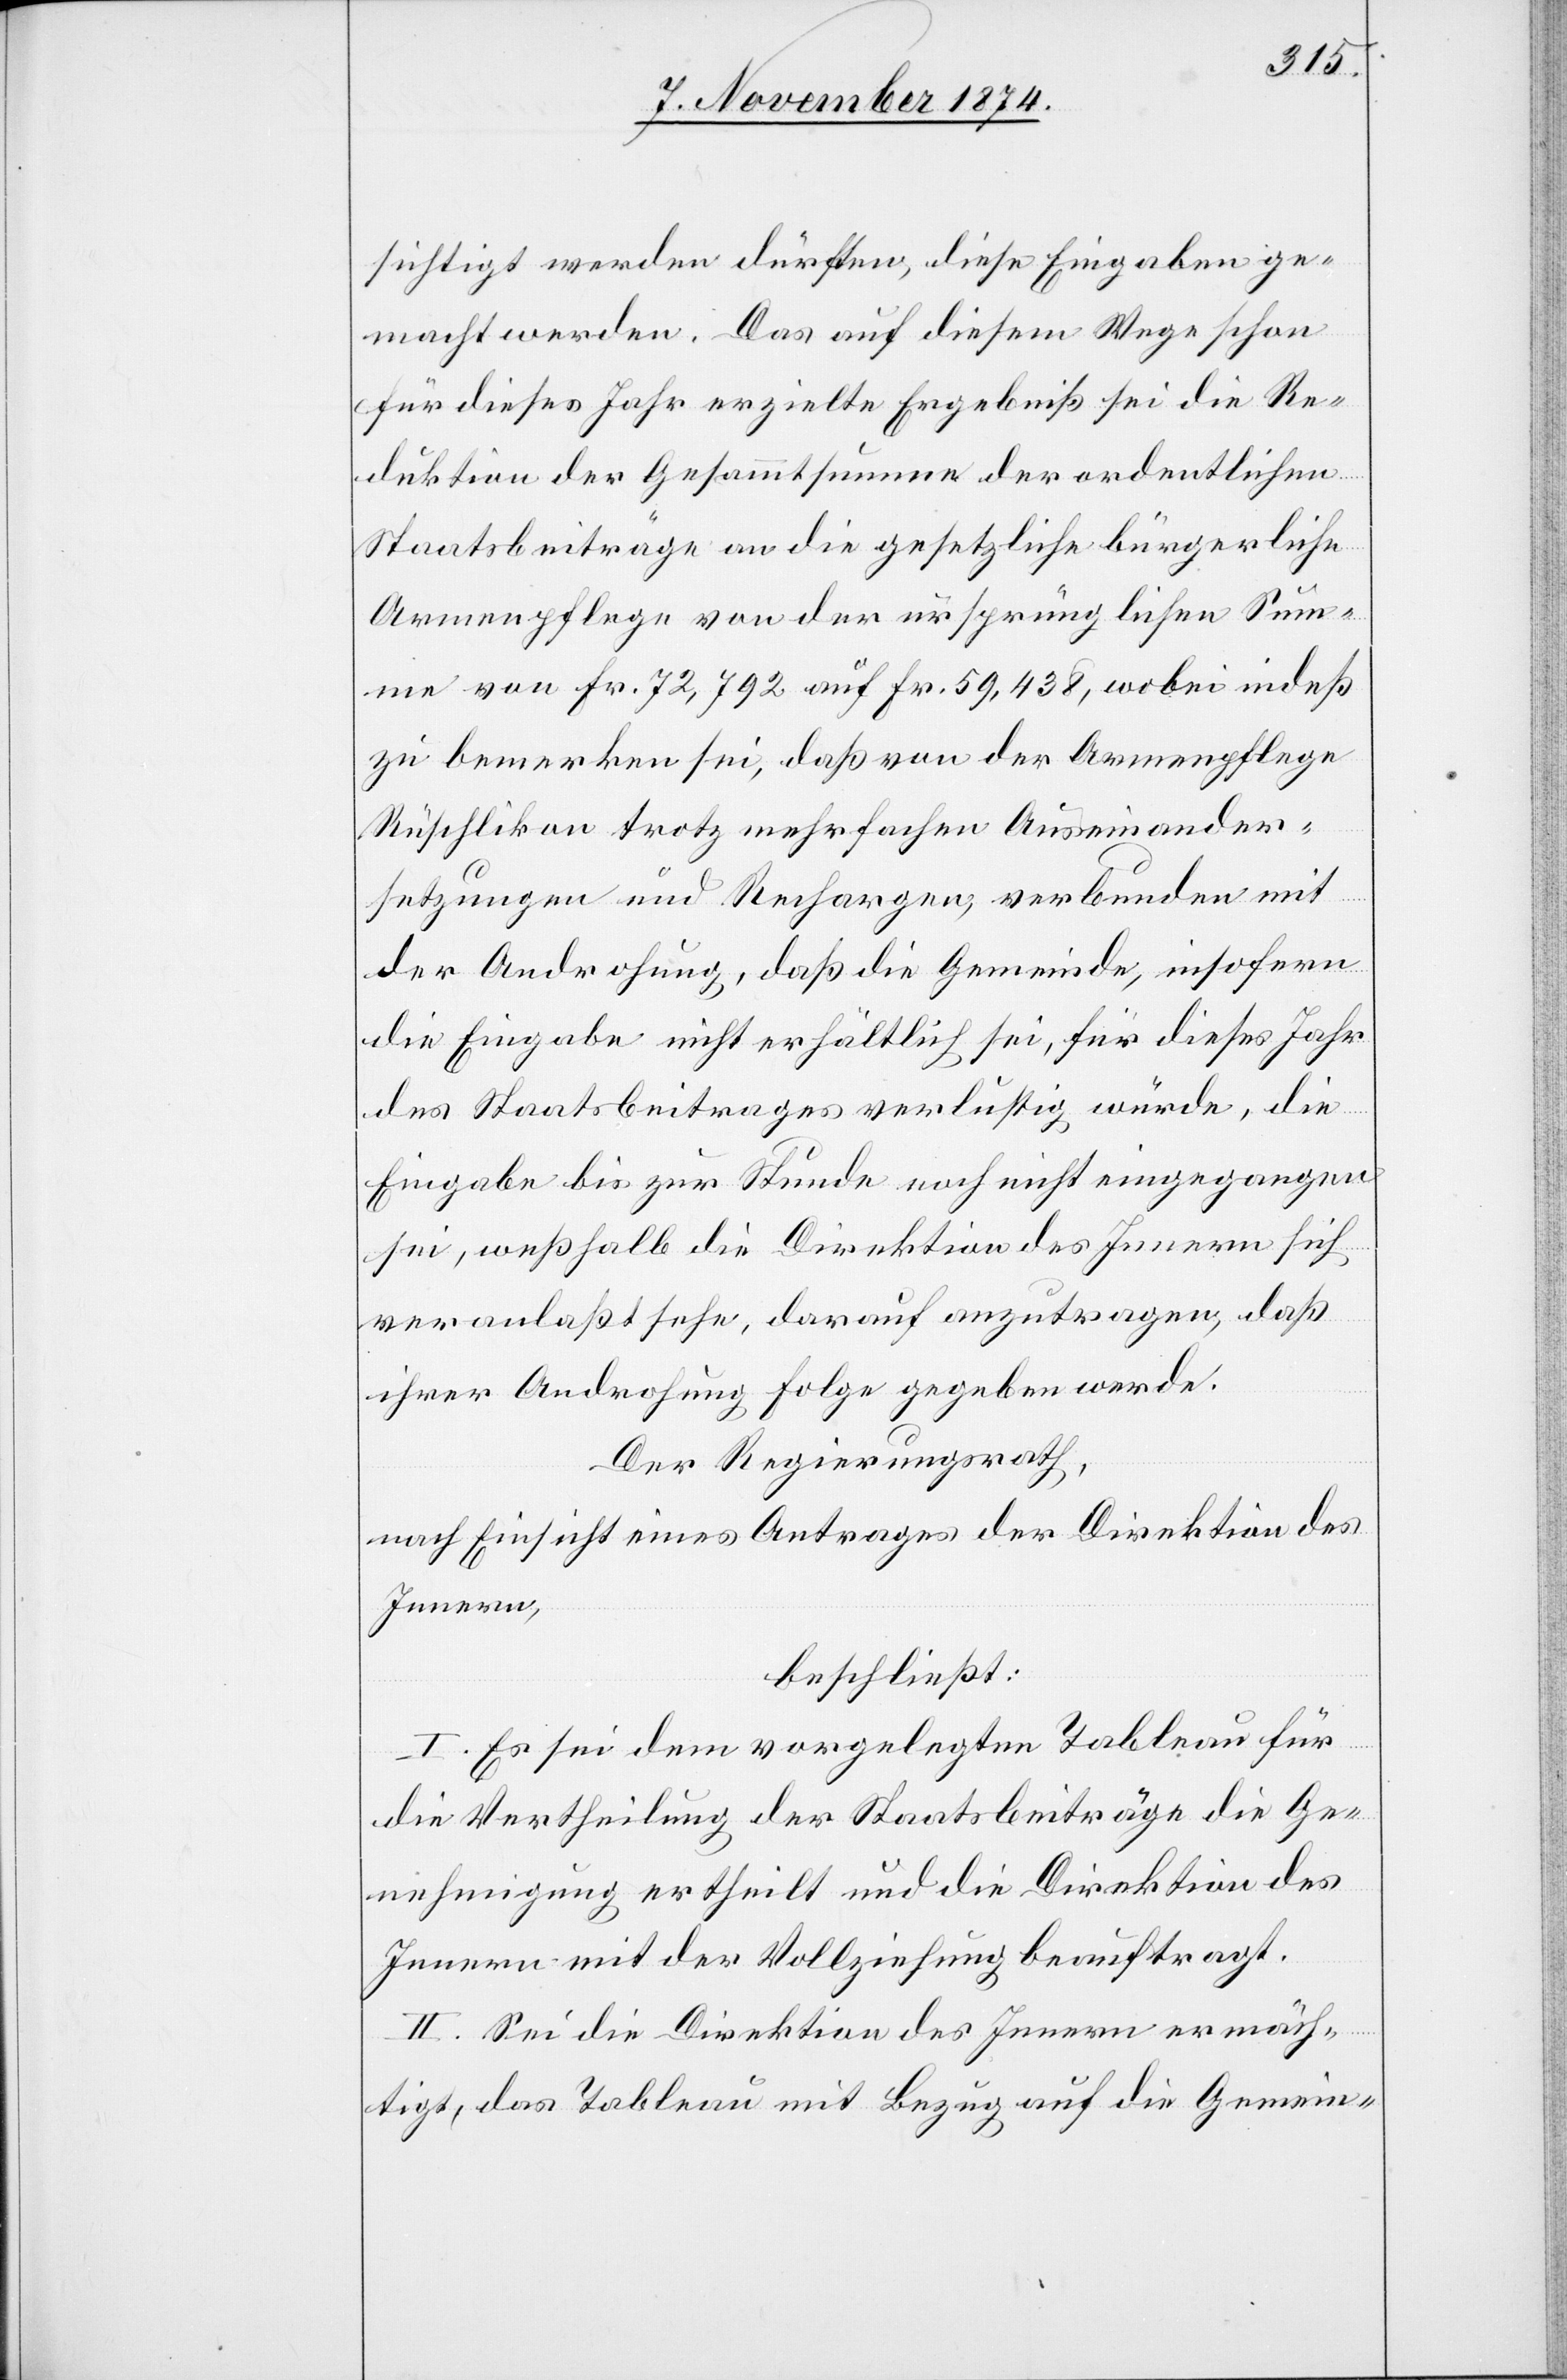
sichtigt werden dürften, diese Eingaben ge¬
macht werden. Das auf diesem Wege schon
für dieses Jahr erzielte Ergebniß sei die Re¬
duktion der Gesammtsumme der ordentlichen
Staatsbeiträge an die gesetzliche bürgerliche
Armenpflege von der ursprünglichen Sum¬
me von Fr. 72,792 auf Fr. 59,483, wobei indeß
zu bemerken sei, daß von der Armenpflege
Rüschlikon trotz mehrfachen Auseinander¬
setzungen und Rechargen, verbunden mit
der Androhung, daß die Gemeinde, insofern
die Eingabe nicht erhältlich sei, für dieses Jahr
des Staatsbeitrages verlustig würde, die
Eingabe bis zur Stunde noch nicht eingegangen
sei, weßhalb die Direktion des Innern sich
veranlaßt sehe, darauf anzutragen, daß
ihrer Androhung Folge gegeben werde.
Der Regierungsrath,
nach Einsicht eines Antrages der Direktion des
Innern,
beschließt:
I. Es sei dem vorgelegten Tableau für
die Vertheilung der Staatsbeiträge die Ge¬
nehmigung ertheilt und die Direktion des
Innern mit der Vollziehung beauftragt.
II. Sei die Direktion des Innern ermäch¬
tigt, das Tableau mit Bezug auf die Gemein-